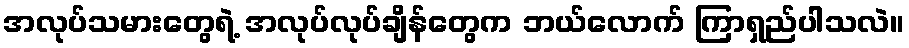
အလုပ်သမားတွေရဲ့ အလုပ်လုပ်ချိန်တွေက ဘယ်လောက် ကြာရှည်ပါသလဲ။